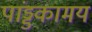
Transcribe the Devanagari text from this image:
पांड्डकामय